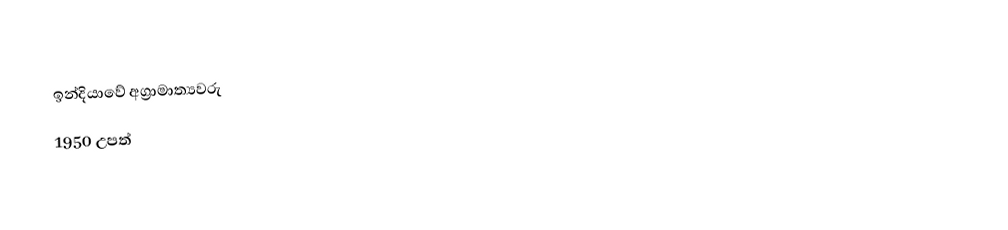
ඉන්දියාවේ අග්‍රාමාත්‍යවරු‎
1950 උපත්